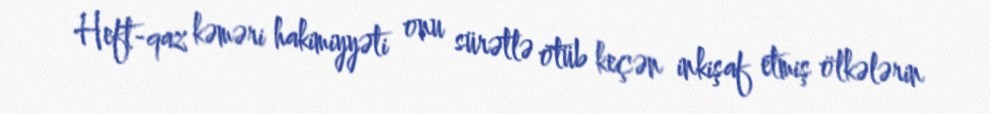
Heft-qaz kəməri hakimiyyəti onu sürətlə ötüb keçən inkişaf etmiş ölkələrin